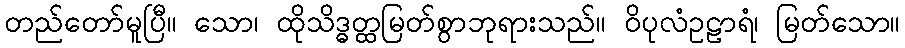
တည်တော်မူပြီ။ သော၊ ထိုသိဒ္ဓတ္ထမြတ်စွာဘုရားသည်။ ဝိပုလံဥဠာရံ၊ မြတ်သော။